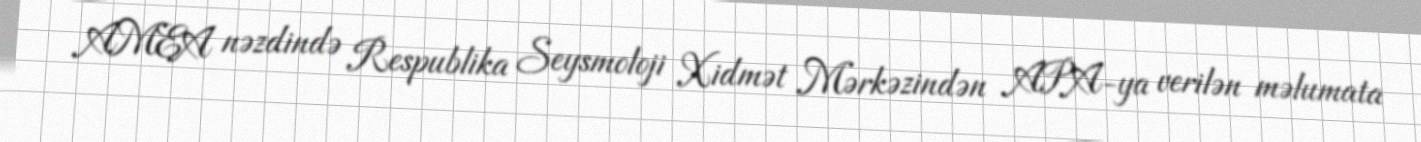
AMEA nəzdində Respublika Seysmoloji Xidmət Mərkəzindən APA-ya verilən məlumata